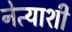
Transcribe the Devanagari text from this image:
नेत्याशी